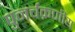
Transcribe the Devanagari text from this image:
पुनर्चक्रणीय